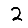
Digit: 2